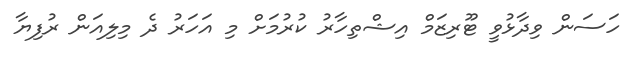
ހަސަން ވިދާޅުވީ ޓޫރިޒަމް އިޝްތިހާރު ކުރުމަށް މި އަހަރު ދެ މިލިއަން ރުފިޔާ